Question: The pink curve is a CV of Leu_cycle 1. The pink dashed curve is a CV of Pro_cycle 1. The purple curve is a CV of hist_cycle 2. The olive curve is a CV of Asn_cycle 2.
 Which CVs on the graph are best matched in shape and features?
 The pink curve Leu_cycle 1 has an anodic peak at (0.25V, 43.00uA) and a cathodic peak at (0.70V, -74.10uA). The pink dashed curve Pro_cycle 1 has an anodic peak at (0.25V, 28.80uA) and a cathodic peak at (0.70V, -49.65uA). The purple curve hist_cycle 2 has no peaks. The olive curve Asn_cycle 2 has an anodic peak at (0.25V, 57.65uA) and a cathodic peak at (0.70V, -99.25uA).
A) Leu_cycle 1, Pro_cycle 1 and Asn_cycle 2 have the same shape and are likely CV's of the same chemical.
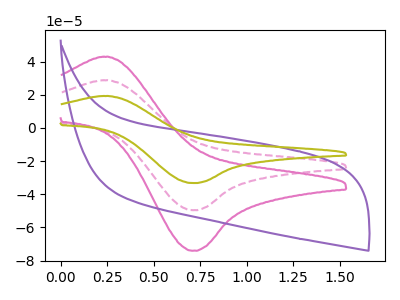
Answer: <think>All the peaks in "Leu_cycle 1" have a peak in "Pro_cycle 1" at the same potential. Every peak in "Leu_cycle 1" is higher than every peak in "Pro_cycle 1". "Leu_cycle 1" and "hist_cycle 2" have a different number of peaks. All the peaks in "Leu_cycle 1" have a peak in "Asn_cycle 2" at the same potential. Every peak in "Leu_cycle 1" is lower than every peak in "Asn_cycle 2". "Pro_cycle 1" and "hist_cycle 2" have a different number of peaks. All the peaks in "Pro_cycle 1" have a peak in "Asn_cycle 2" at the same potential. Every peak in "Pro_cycle 1" is lower than every peak in "Asn_cycle 2". "hist_cycle 2" and "Asn_cycle 2" have a different number of peaks.
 </think>
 <answer>A) "Leu_cycle 1", "Pro_cycle 1" and "Asn_cycle 2" have the same shape and are likely CV's of the same chemical.</answer>
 <eval>A</eval>